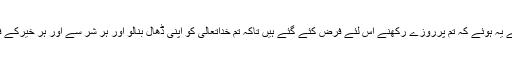
پس اس آیت کے معنے یہ ہوئے کہ تم پرروزے رکھنے اس لئے فرض کئے گئے ہیں تاکہ تم خداتعالیٰ کو اپنی ڈھال بنالو اور ہر شر سے اور ہر خیرکے فقدان سے محفوظ رہو۔